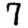
Digit: 7